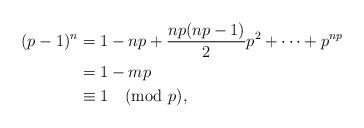
LaTeX: \begin{align*}(p-1)^{n} &=1-np + \frac{np(np-1)}{2}p^2 +\dots+ p^{np}\\&= 1-mp \\ &\equiv 1 \pmod{p},\end{align*}